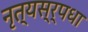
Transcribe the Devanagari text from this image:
नृत्यस्र्पधा